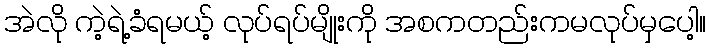
အဲလို ကဲ့ရဲ့ခံရမယ့် လုပ်ရပ်မျိုးကို အစကတည်းကမလုပ်မှပေါ့။